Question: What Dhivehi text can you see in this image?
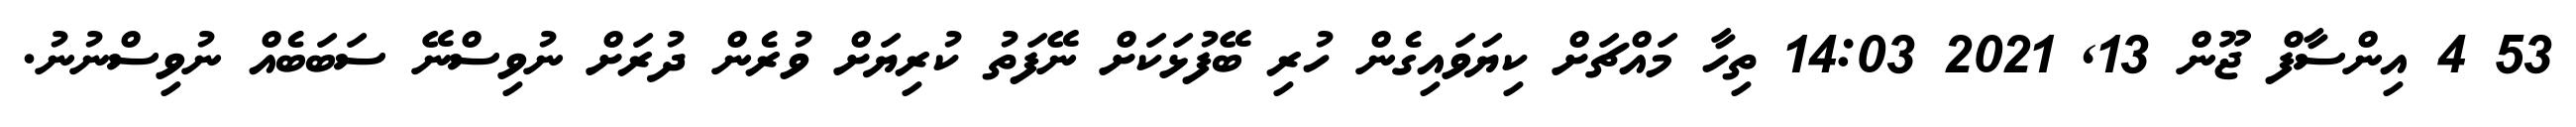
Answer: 53 4 އިންސާފް ޖޫން 13, 2021 14:03 ތިހާ މައްޗަށް ކިޔަވައިގެން ހުރި ބޭފުޅަކަށް ނޭފަތު ކުރިޔަށް ވުރެން ދުރަށް ނުވިސްނޭ ސަބަބެއް ނުވިސްނުނު.